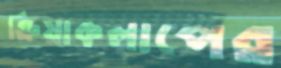
ক্রিয়াকলাপের